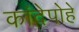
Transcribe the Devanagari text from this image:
कांदेपोहे